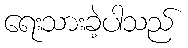
ရေးသားခဲ့ပါသည်